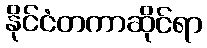
နိုင်ငံတကာဆိုင်ရာ